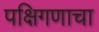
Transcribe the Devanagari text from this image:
पक्षिगणाचा